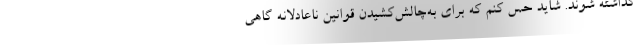
گذاشته شوند. شاید حس کنم که برای به‌چالش‌کشیدن قوانین ناعادلانه گاهی